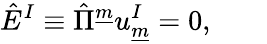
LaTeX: \hat{E}^{I}\equiv\hat{\Pi}^{\underline{{{m}}}}u_{\underline{{{m}}}}^{I}=0,\qquad